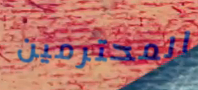
المحترمين